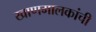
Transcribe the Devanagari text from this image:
खाणमालकांची